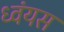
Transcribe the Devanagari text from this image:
ध्वंयस